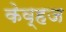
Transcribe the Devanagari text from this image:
केव्हज